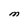
Character: M